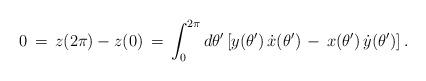
\begin{align*}0 \,=\, z(2\pi) - z(0) \,=\, \int_0^{2\pi}d\theta'\left[y(\theta')\,\dot{x}(\theta') \,-\, x(\theta')\,\dot{y}(\theta')\right].\end{align*}